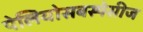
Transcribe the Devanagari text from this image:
पेलियोसबस्पेसीज